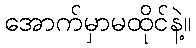
အောက်မှာမထိုင်နဲ့။